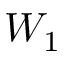
W _ { 1 }